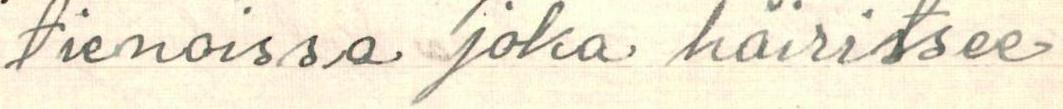
tienoissa joka häiritsee